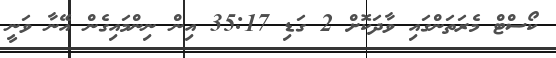
ކޯސްޓް މެރަތަންގައި ވާދަކޮށް 2 ގަޑި 35:17 އިން ނިންމައިގެން އޭނާ ވަނީ